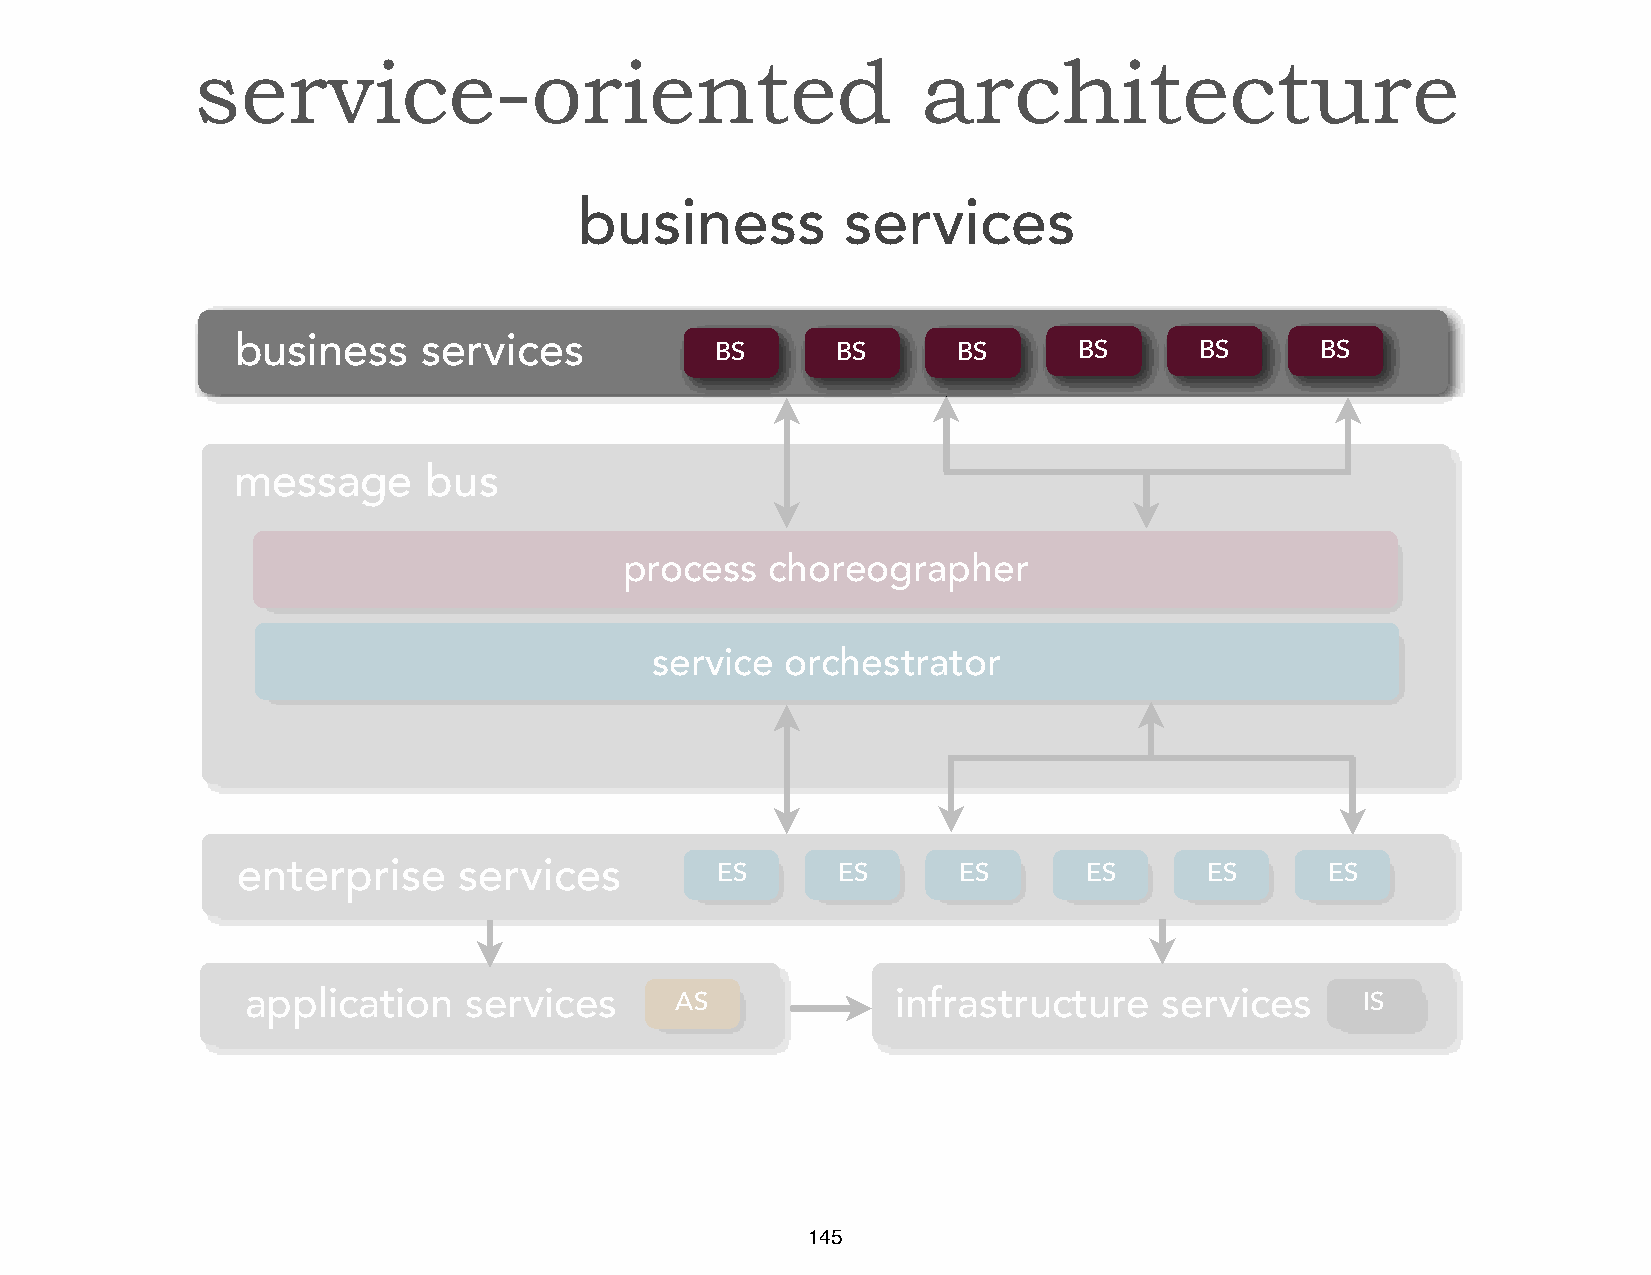
service-oriented                                architecture
 business          services
 business    services
 BS      BS      BS      BS      BS      BS
 message      bus
 process   choreographer
 service  orchestrator
 enterprise    services         ES      ES      ES       ES      ES      ES
 application    services      AS            infrastructure    services     IS
 145